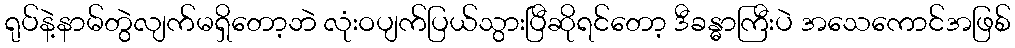
ရုပ်နဲ့နာမ်တွဲလျက်မရှိတော့ဘဲ လုံးဝပျက်ပြယ်သွားပြီဆိုရင်တော့ ဒီခန္ဓာကြီးပဲ အသေကောင်အဖြစ်